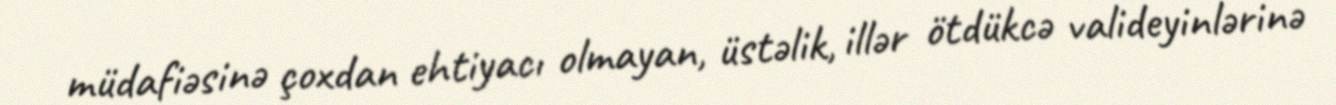
müdafiəsinə çoxdan ehtiyacı olmayan, üstəlik, illər ötdükcə valideyinlərinə